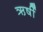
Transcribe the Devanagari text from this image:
ऋर्षी